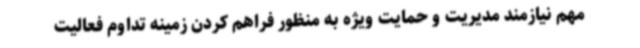
مهم نیازمند مدیریت و حمایت ویژه به منظور فراهم کردن زمینه تداوم فعالیت